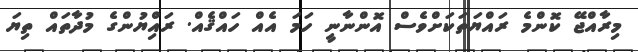
މިރާއްޖޭ ކޮންމެ ރައްޔަތަކަށްވެސް އޮންނާނީ ހަމަ އެއް ހައްޤެއް. ރައްިޔުންގެ މުދާތައް ތިޔަ